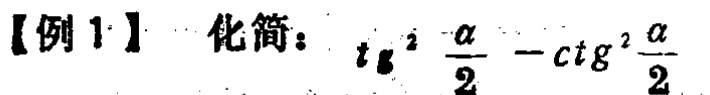
【例1】 化简：\(\mathrm{tg}^{2}\frac{\alpha}{2}-\mathrm{ctg}^{2}\frac{\alpha}{2}\)